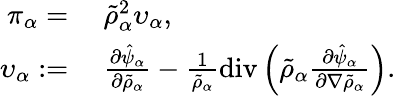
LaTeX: \begin{array}{rl}{\pi_{\alpha}=}&{~\tilde{\rho}_{\alpha}^{2}\upsilon_{\alpha},}\\ {\upsilon_{\alpha}:=}&{~\frac{\partial\hat{\psi}_{\alpha}}{\partial\tilde{\rho}_{\alpha}}-\frac{1}{\tilde{\rho}_{\alpha}}\mathrm{div}\left(\tilde{\rho}_{\alpha}\frac{\partial\hat{\psi}_{\alpha}}{\partial\nabla\tilde{\rho}_{\alpha}}\right).}\end{array}